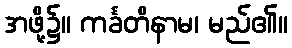
အဖို့၌။ ကင်္ခတိနာမ၊ မည်၏။